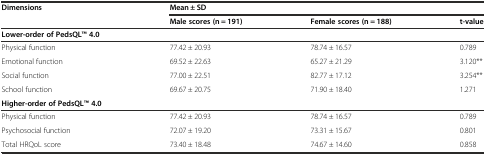
<table><thead><tr><td rowspan="2"><b>Dimensions</b></td><td colspan="3"><b>Mean ± SD</b></td></tr><tr><td><b>Male scores (n = 191)</b></td><td><b>Female scores (n = 188)</b></td><td><b>t-value</b></td></tr></thead><tbody><tr><td><b>Lower-order of PedsQLTM</b><b>4.0</b></td><td></td><td></td><td></td></tr><tr><td>Physical function</td><td>77.42 ± 20.93</td><td>78.74 ± 16.57</td><td>0.789</td></tr><tr><td>Emotional function</td><td>69.52 ± 22.63</td><td>65.27 ± 21.29</td><td>3.120**</td></tr><tr><td>Social function</td><td>77.00 ± 22.51</td><td>82.77 ± 17.12</td><td>3.254**</td></tr><tr><td>School function</td><td>69.67 ± 20.75</td><td>71.90 ± 18.40</td><td>1.271</td></tr><tr><td><b>Higher-order of PedsQLTM</b><b>4.0</b></td><td></td><td></td><td></td></tr><tr><td>Physical function</td><td>77.42 ± 20.93</td><td>78.74 ± 16.57</td><td>0.789</td></tr><tr><td>Psychosocial function</td><td>72.07 ± 19.20</td><td>73.31 ± 15.67</td><td>0.801</td></tr><tr><td>Total HRQoL score</td><td>73.40 ± 18.48</td><td>74.67 ± 14.60</td><td>0.858</td></tr></tbody></table>